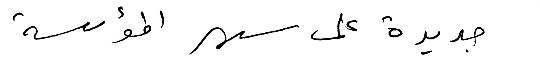
جديدة على سهر المؤسسة